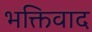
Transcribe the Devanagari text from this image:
भक्तिवाद